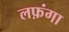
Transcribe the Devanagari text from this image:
लफ़ंगा